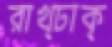
রাখ্ঢাক্